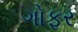
ગોફર